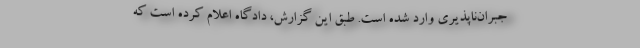
جبران‌ناپذیری وارد شده است. طبق این گزارش، دادگاه اعلام کرده است که